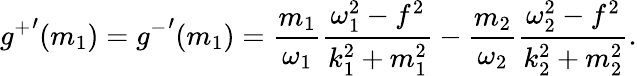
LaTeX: {g^{+}}^{\prime}(m_{1})={g^{-}}^{\prime}(m_{1})=\frac{m_{1}}{\omega_{1}}\frac{\omega_{1}^{2}-f^{2}}{k_{1}^{2}+m_{1}^{2}}-\frac{m_{2}}{\omega_{2}}\frac{\omega_{2}^{2}-f^{2}}{k_{2}^{2}+m_{2}^{2}}.